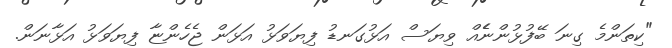
"ކިތަންމެ ގިނަ ބޭފުޅުންނެެއް ވިޔަސް އަޅުގަނޑު ފިޔަވަޅު އަޅަން ޖެހެންޏާ ފިޔަވަޅު އަޅާނަން.